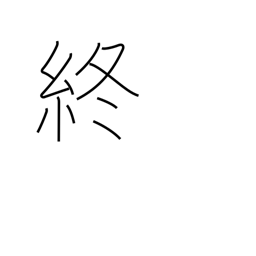
Meaning: finish